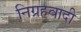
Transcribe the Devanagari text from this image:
निग्रहवादी